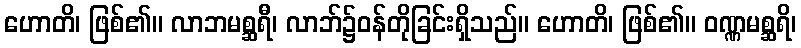
ဟောတိ၊ ဖြစ်၏။ လာဘမစ္ဆရီ၊ လာဘ်၌ဝန်တိုခြင်းရှိသည်။ ဟောတိ၊ ဖြစ်၏။ ဝဏ္ဏမစ္ဆရိ၊